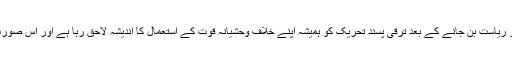
انہوں نے کہا کہ پاکستان کے امریکہ کی باج گزار ریاست بن جانے کے بعد ترقی پسند تحریک کو ہمیشہ اپنے خلاف وحشیانہ قوت کے استعمال کا اندیشہ لاحق رہا ہے اور اس صورت حال نے ترقی پسند تحریک کو ابھرنے نہیں دیا۔